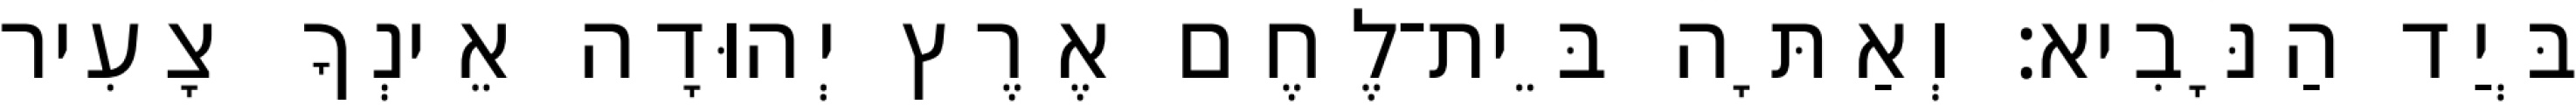
בְּיַד הַנָּבִיא׃ וְאַתָּה בֵּית־לֶחֶם אֶרֶץ יְהוּדָה אֵינְךָ צָעִיר